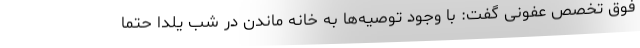
فوق تخصص عفونی گفت: با وجود توصیه‌ها به خانه ماندن در شب یلدا حتما